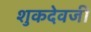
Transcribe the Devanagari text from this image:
शुकदेवजी